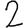
Digit: 2